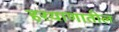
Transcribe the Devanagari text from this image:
हरयाणातील